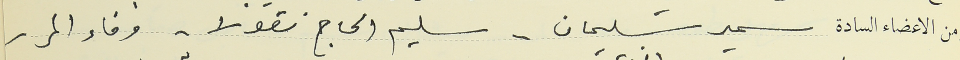
ومن الاعضاء السادة سمير سليمان -. سليم الحاج نقولا - وفاء المر